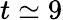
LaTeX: t\simeq 9